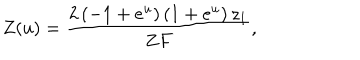
Z ( u ) = { \frac { 2 \left( - 1 + { e ^ { u } } \right) \left( 1 + { e ^ { u } } \right) { z _ { 1 } } } { Z F } } ,